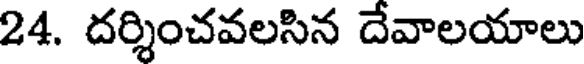
24. దర్శించవలసిన దేవాలయాలు